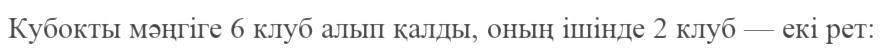
Кубокты мәңгіге 6 клуб алып қалды, оның ішінде 2 клуб — екі рет: